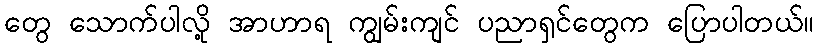
တွေ သောက်ပါလို့ အာဟာရ ကျွမ်းကျင် ပညာရှင်တွေက ပြောပါတယ်။